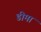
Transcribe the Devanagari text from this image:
डीमा